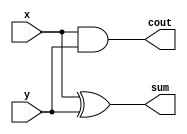
module ha(x,y,sum,cout);
input x,y;
output sum,cout;

assign sum = x ^ y ;
assign cout = x&y ;
endmodule